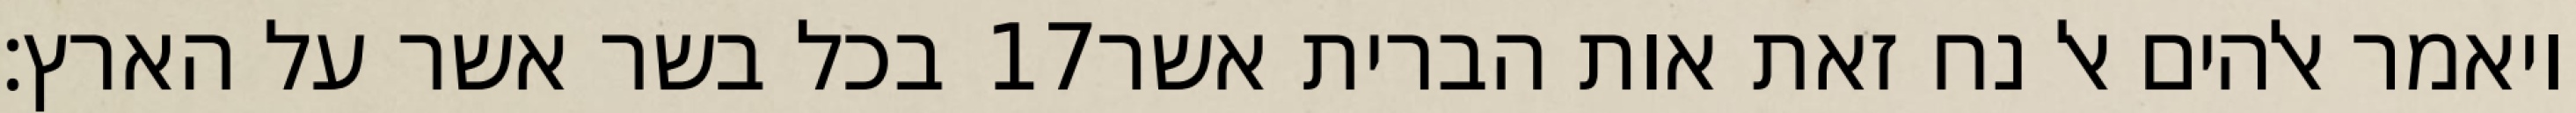
בכל בשר אשר על הארץ׃ ‎17‏ ויאמר אלהים אל נח זאת אות הברית אשר